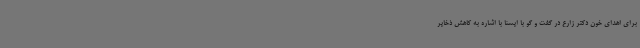
برای اهدای خون دکتر زارع در گفت و گو با ایسنا با اشاره به کاهش ذخایر